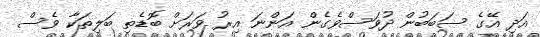
އަދި އޭގެ ސަބަބުން ދުވަސްވެގެން އަންނަ އިރު ވަރަށް ބޮޑެތި ބަލިތަކާ ވެސް